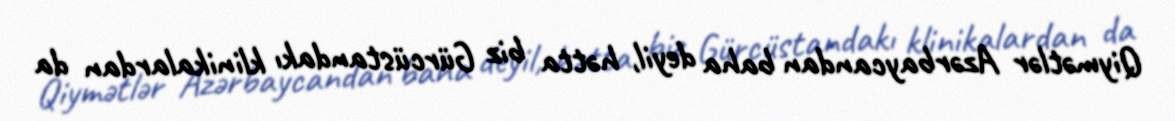
Qiymətlər Azərbaycandan baha deyil, hətta biz Gürcüstandakı klinikalardan da